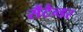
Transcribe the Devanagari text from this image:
सैंटैन्डर